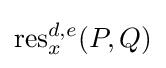
\operatorname {res} _{x}^{d,e}(P,Q)